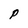
Character: P